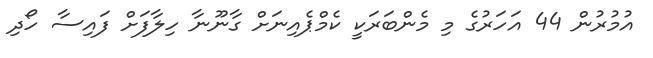
އުމުރުން 44 އަހަރުގެ މި މެންބަރަކީ ކެމްޕެއިނަށް ގާނޫނާ ހިލާފަށް ފައިސާ ހޯދި